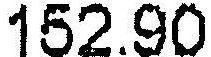
152.90